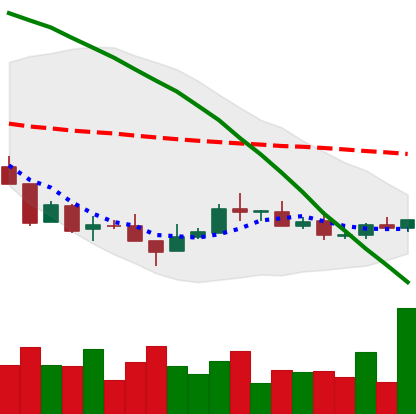
Ticker: XMR-USD
Chart end date: 2018-08-26
Forward return: 22.409%
Label: up_7plus